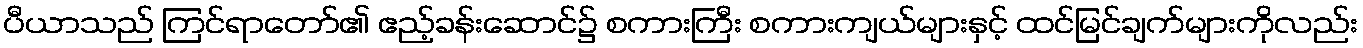
ပီယာသည် ကြင်ရာတော်၏ ဧည့်ခန်းဆောင်၌ စကားကြီး စကားကျယ်များနှင့် ထင်မြင်ချက်များကိုလည်း